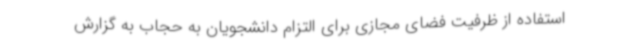
استفاده از ظرفیت فضای مجازی برای التزام دانشجویان به حجاب به گزارش